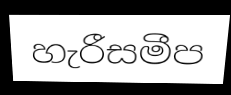
හැරීසමීප